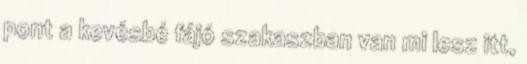
pont a kevésbé fájó szakaszban van mi lesz itt,